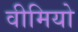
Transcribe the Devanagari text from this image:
वीमियो